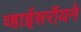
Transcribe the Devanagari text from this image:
व्हाईसरॉयने